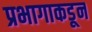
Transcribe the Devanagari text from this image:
प्रभागाकडून